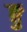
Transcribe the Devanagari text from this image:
ङ्गु